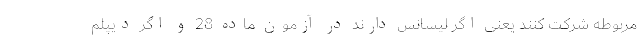
مربوطه شرکت کنند یعنی اگر لیسانس دارند در آزمون ماده 28 و اگر دیپلم